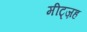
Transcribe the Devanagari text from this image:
मीट्ज़ह